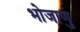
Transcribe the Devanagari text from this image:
भोजाणु